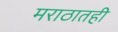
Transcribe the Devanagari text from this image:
मराठातही